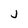
Character: j